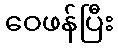
ဝေဖန်ပြီး